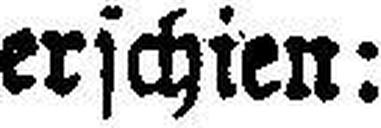
erschien: